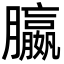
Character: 䑉